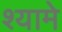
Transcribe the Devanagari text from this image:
श्यामे